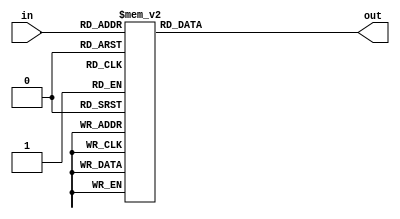
`timescale 1ns / 1ps
//////////////////////////////////////////////////////////////////////////////////
// Company:
// Engineer:
//
// Design Name:
// Module Name: decoder_3cyclic_10b
// Project Name:
// Target Devices:
// Tool Versions:
// Description:
//
// Dependencies:
//
// Revision:
// Revision 0.01 - File Created
// Additional Comments:
//
//////////////////////////////////////////////////////////////////////////////////


module decoder_3cyclic_10b(input [3:0] in,
                           output reg [9:0] out);
    always @(*) begin
        case(in)
            4'd12:out   <= 10'b1000000000;
            4'd11:out   <= 10'b0100000000;
            4'd10:out   <= 10'b0010000000;
            4'd9:out    <= 10'b0001000000;
            4'd8:out    <= 10'b0000100000;
            4'd7:out    <= 10'b0000010000;
            4'd6:out    <= 10'b0000001000;
            4'd5:out    <= 10'b0000000100;
            4'd4:out    <= 10'b0000000010;
            4'd3:out    <= 10'b0000000001;
            default:out <= 10'b0000000000;
        endcase
    end
endmodule